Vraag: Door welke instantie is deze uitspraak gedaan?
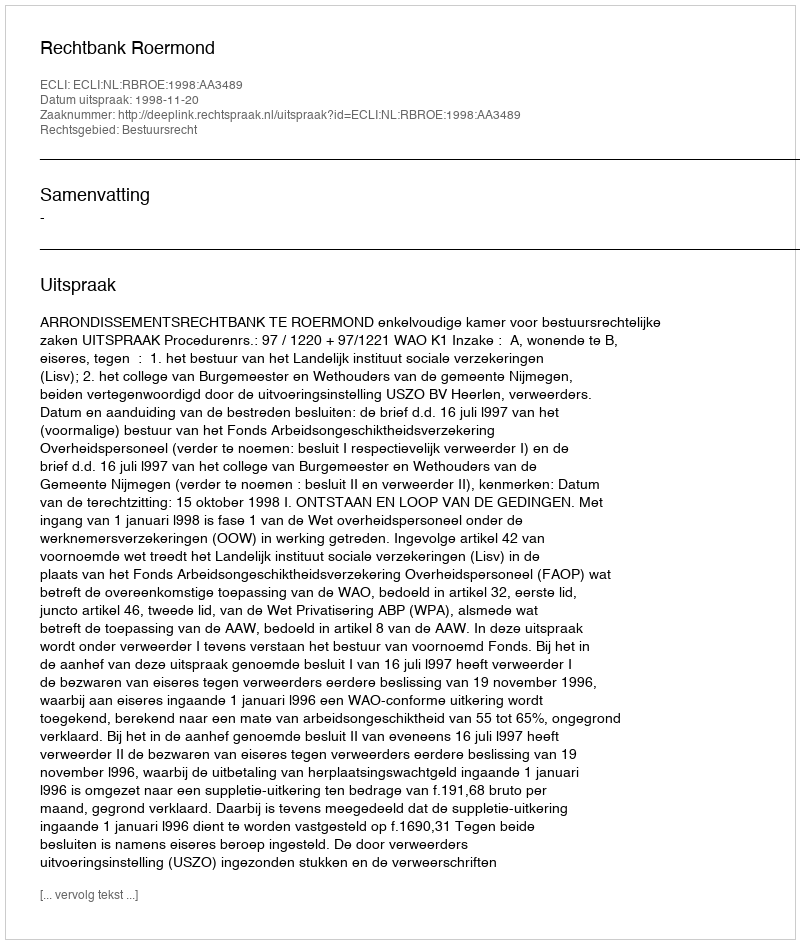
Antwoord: Rechtbank Roermond